Bréfritari: Lárus Bjarnason
Dagsetning: A-1874-10-02
Skrifað á: Vesturheimi

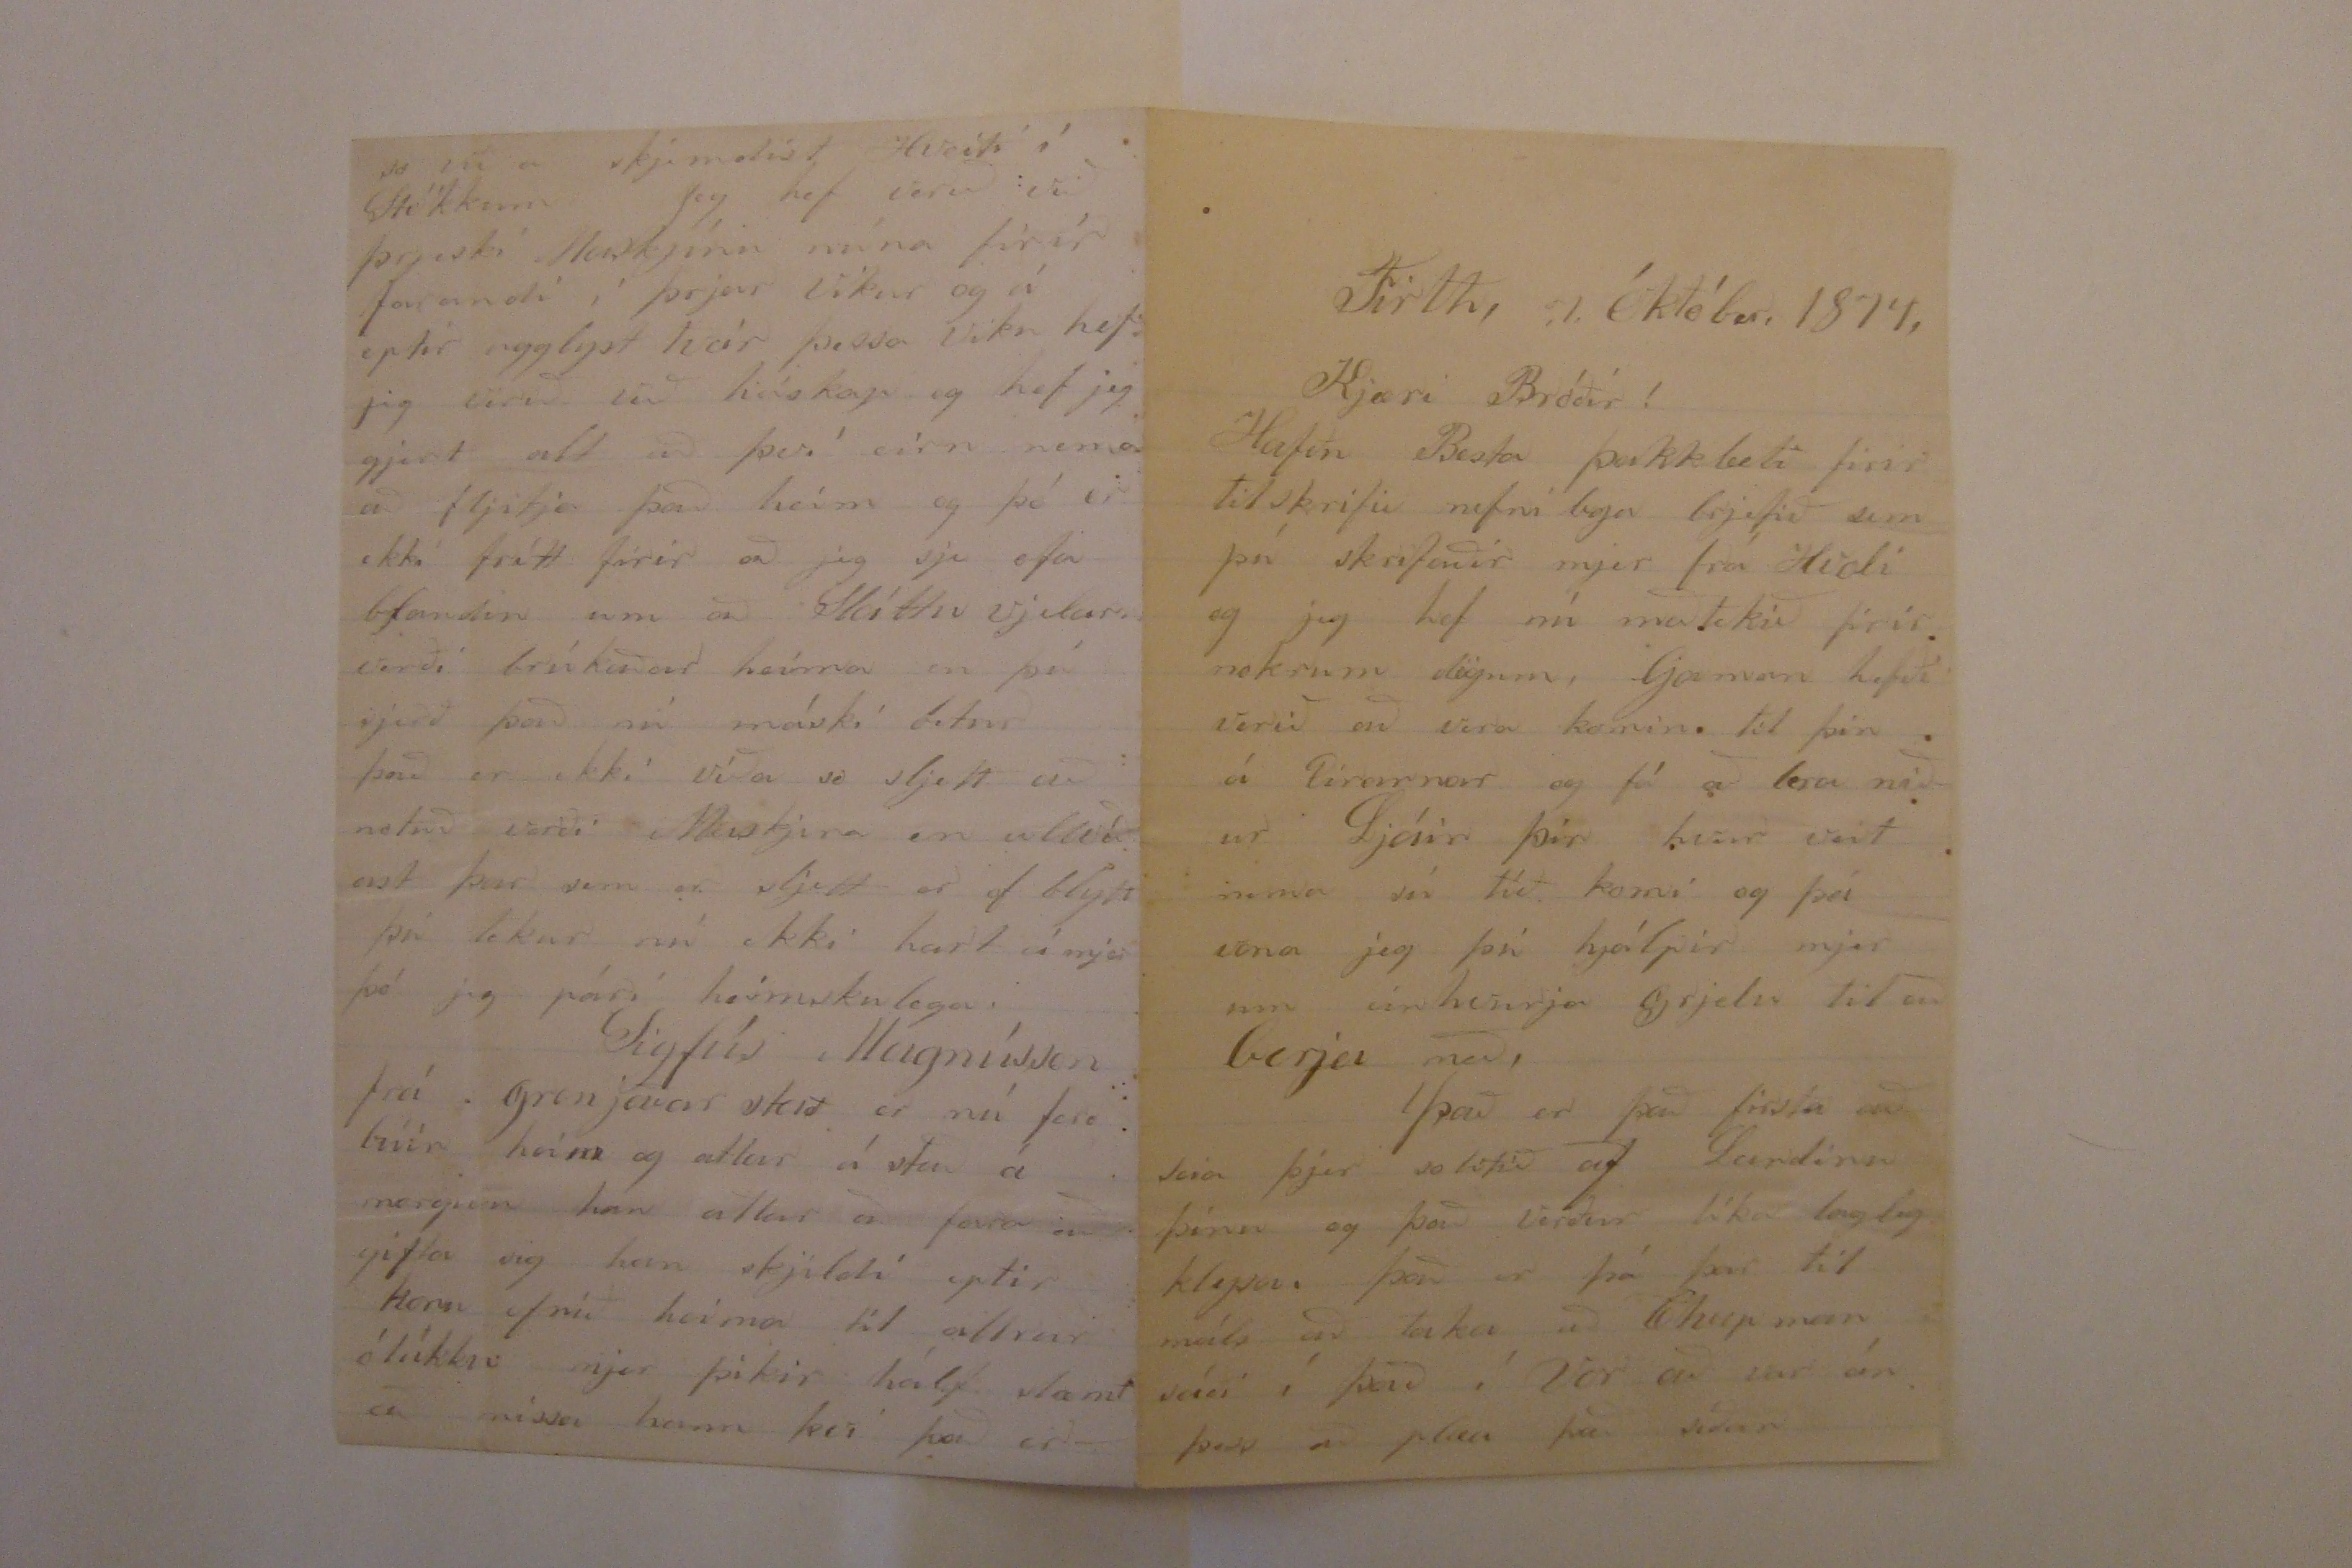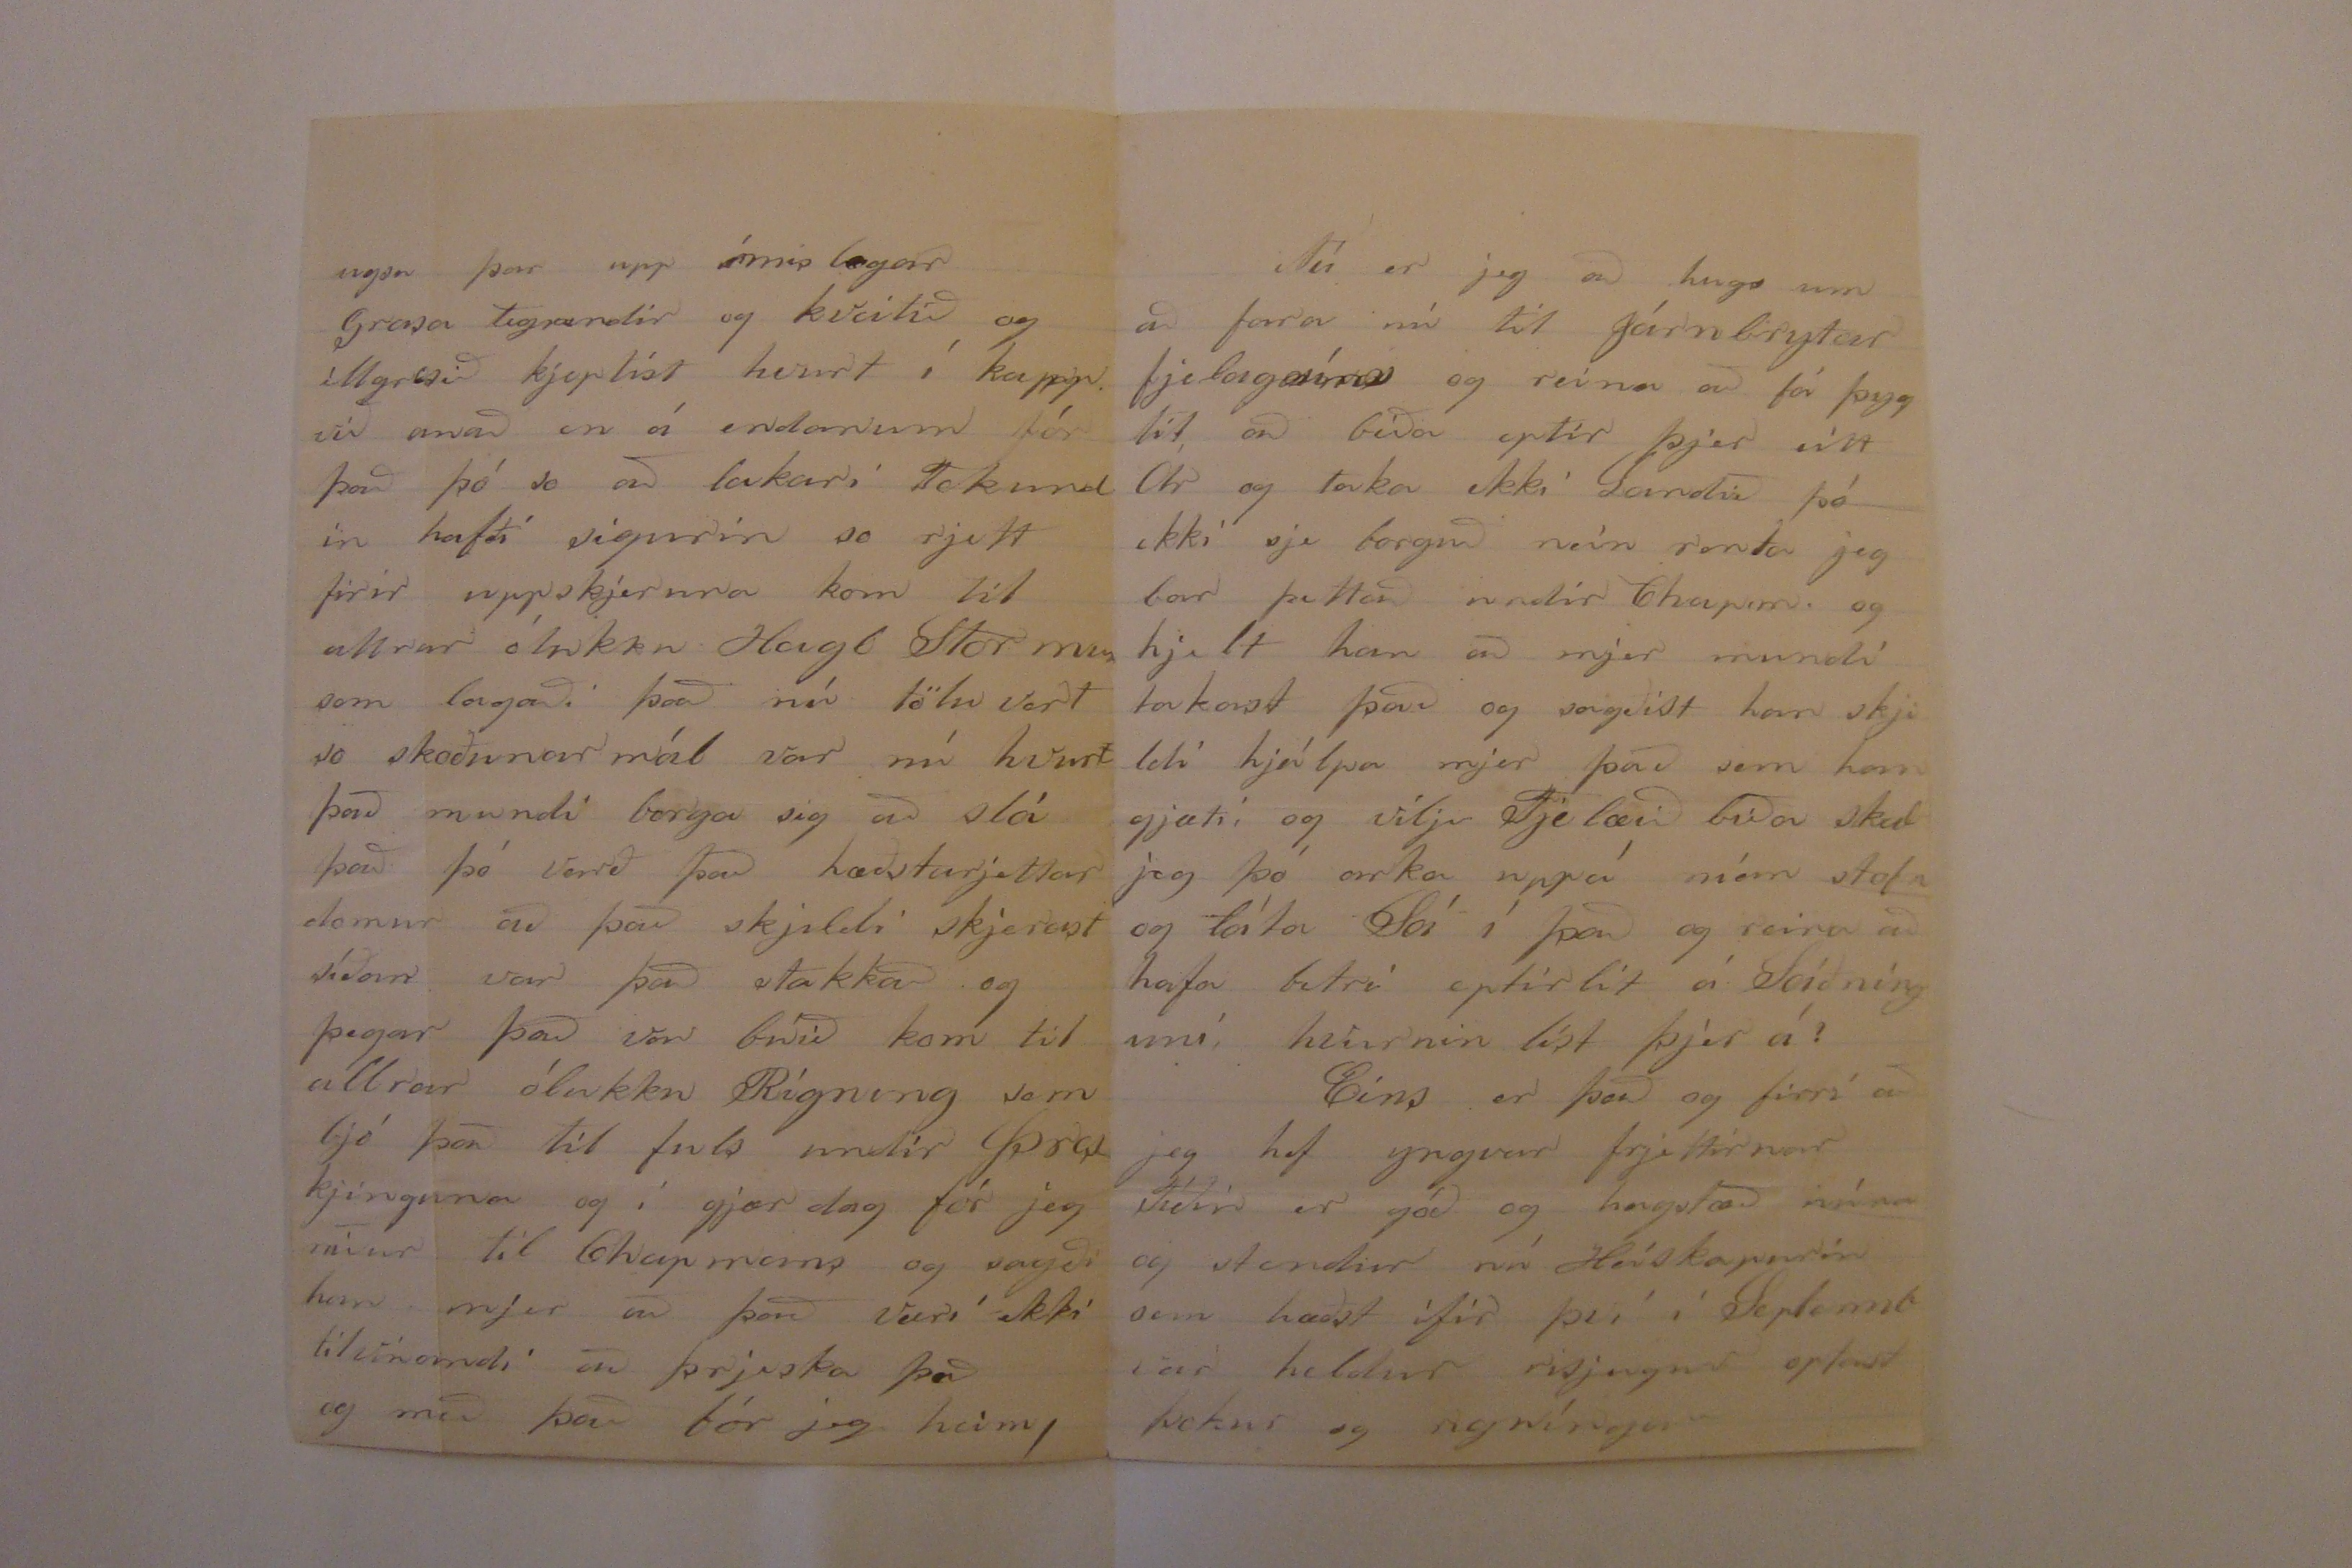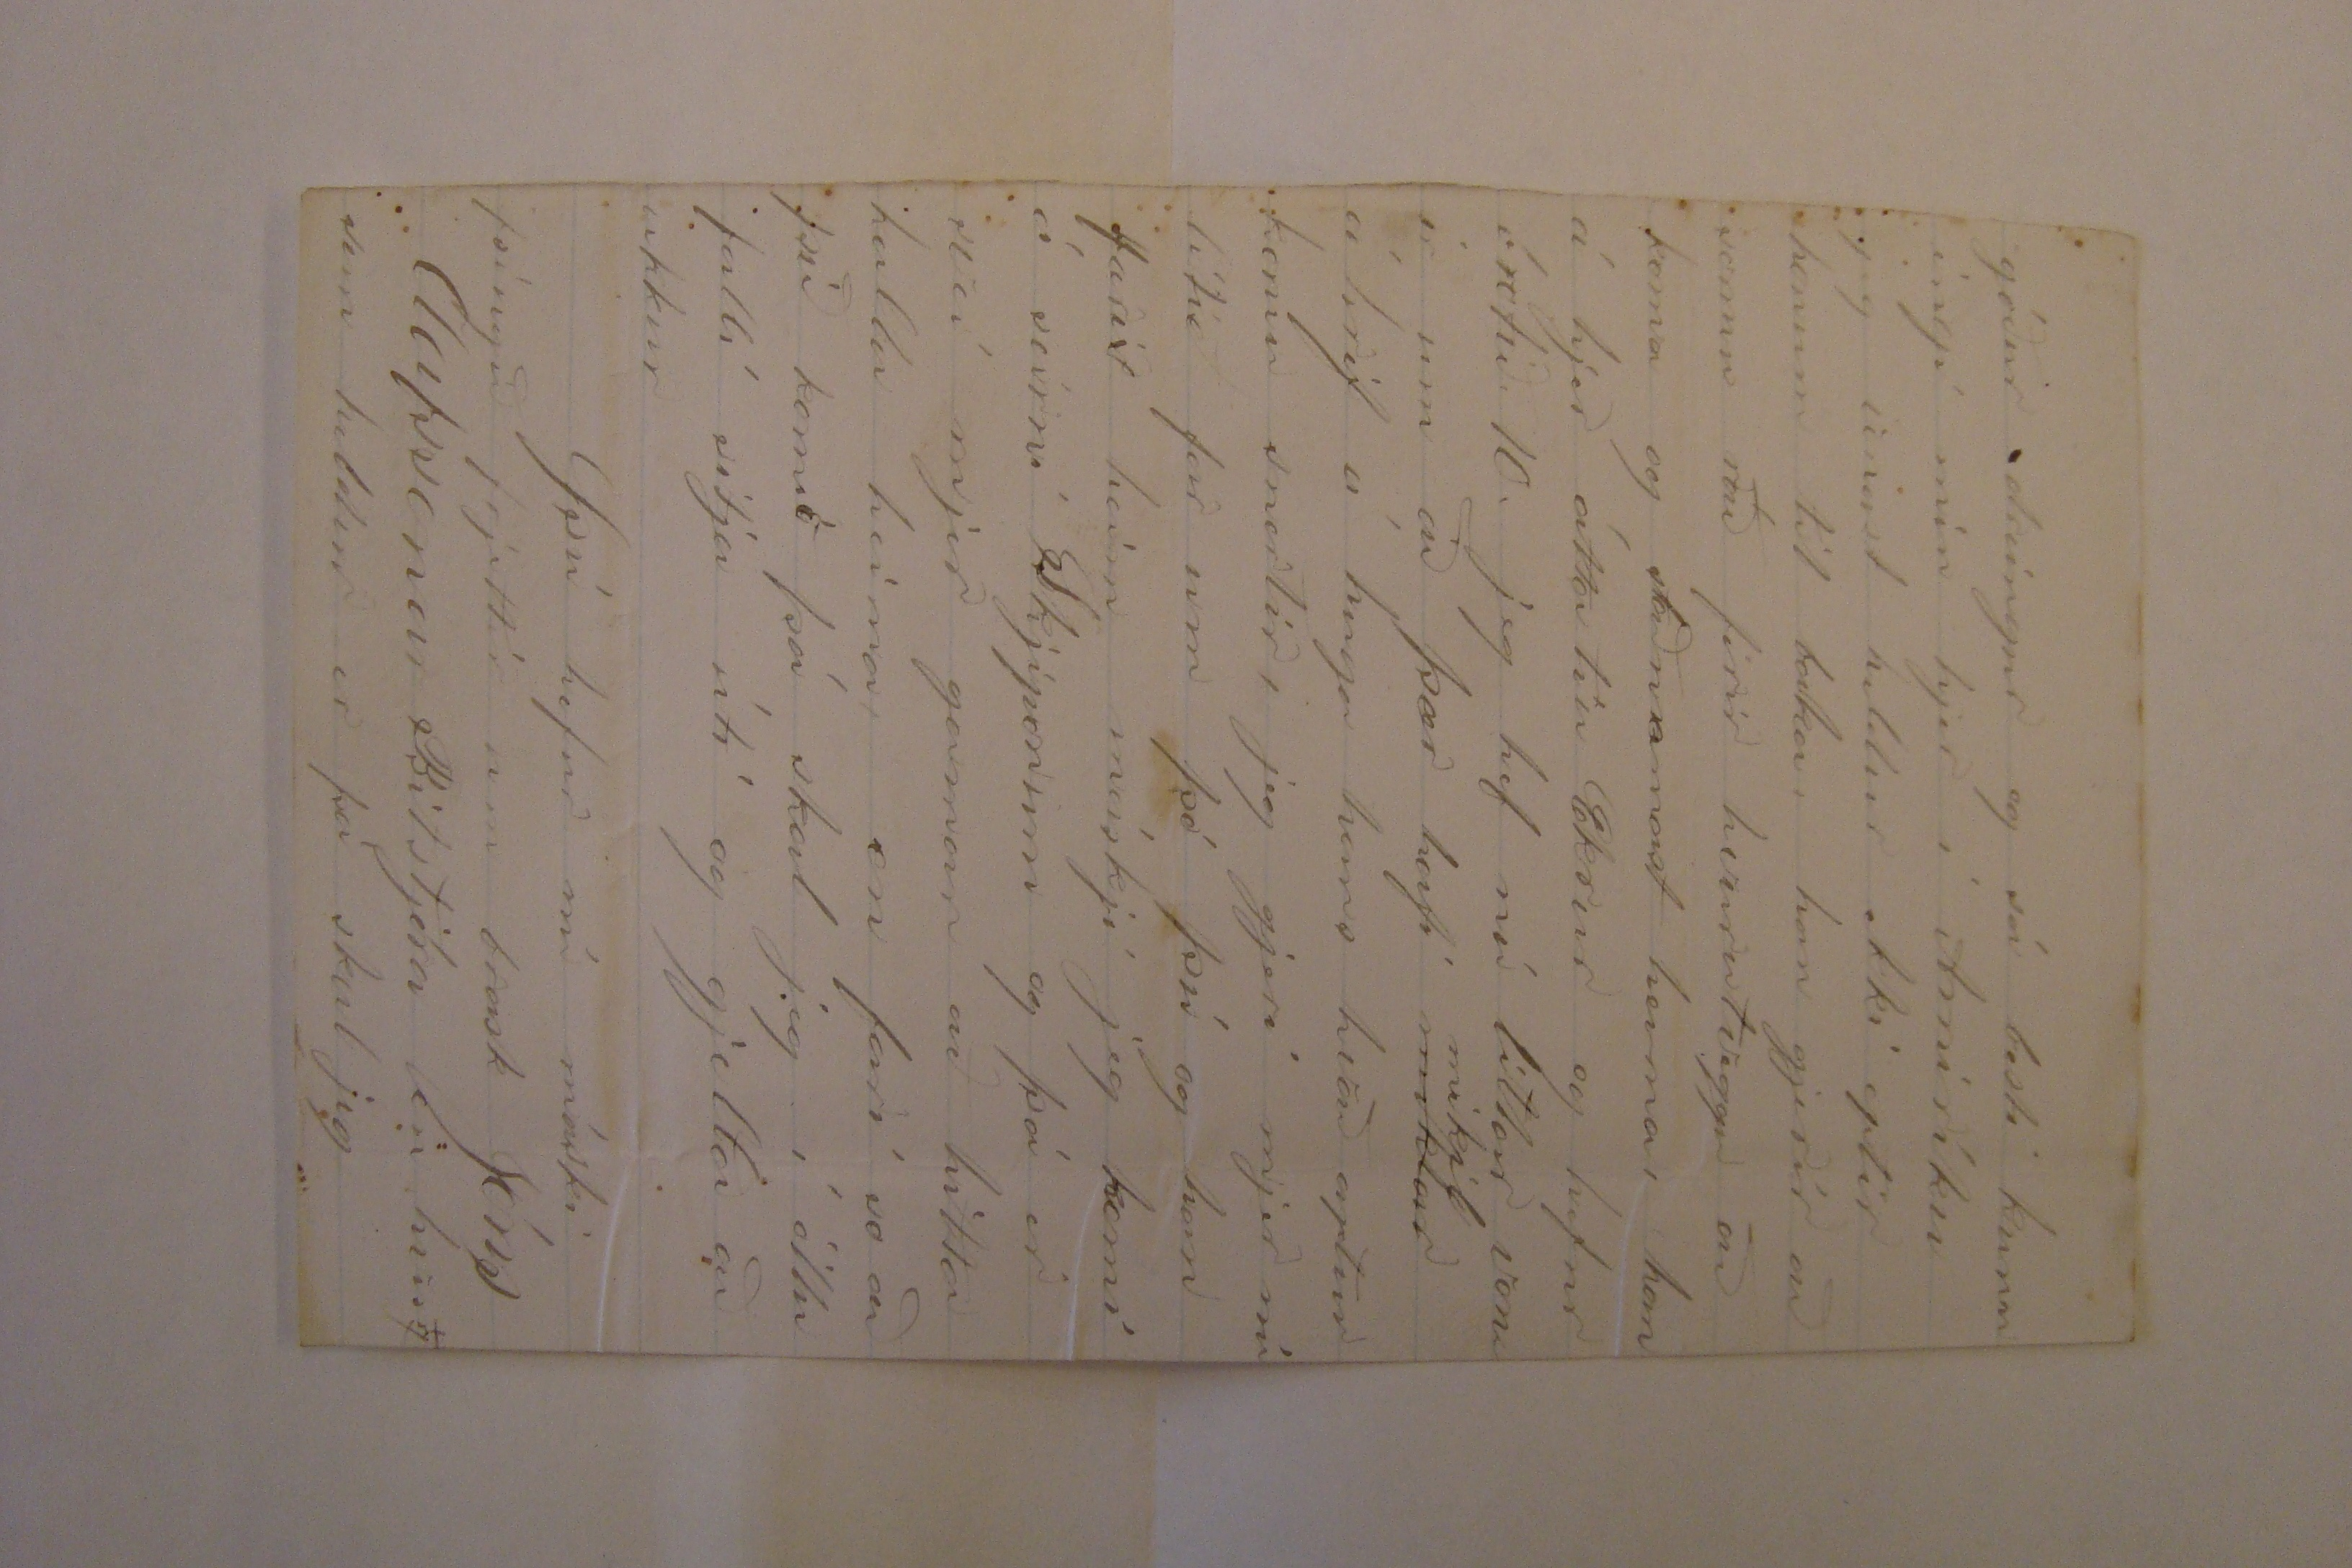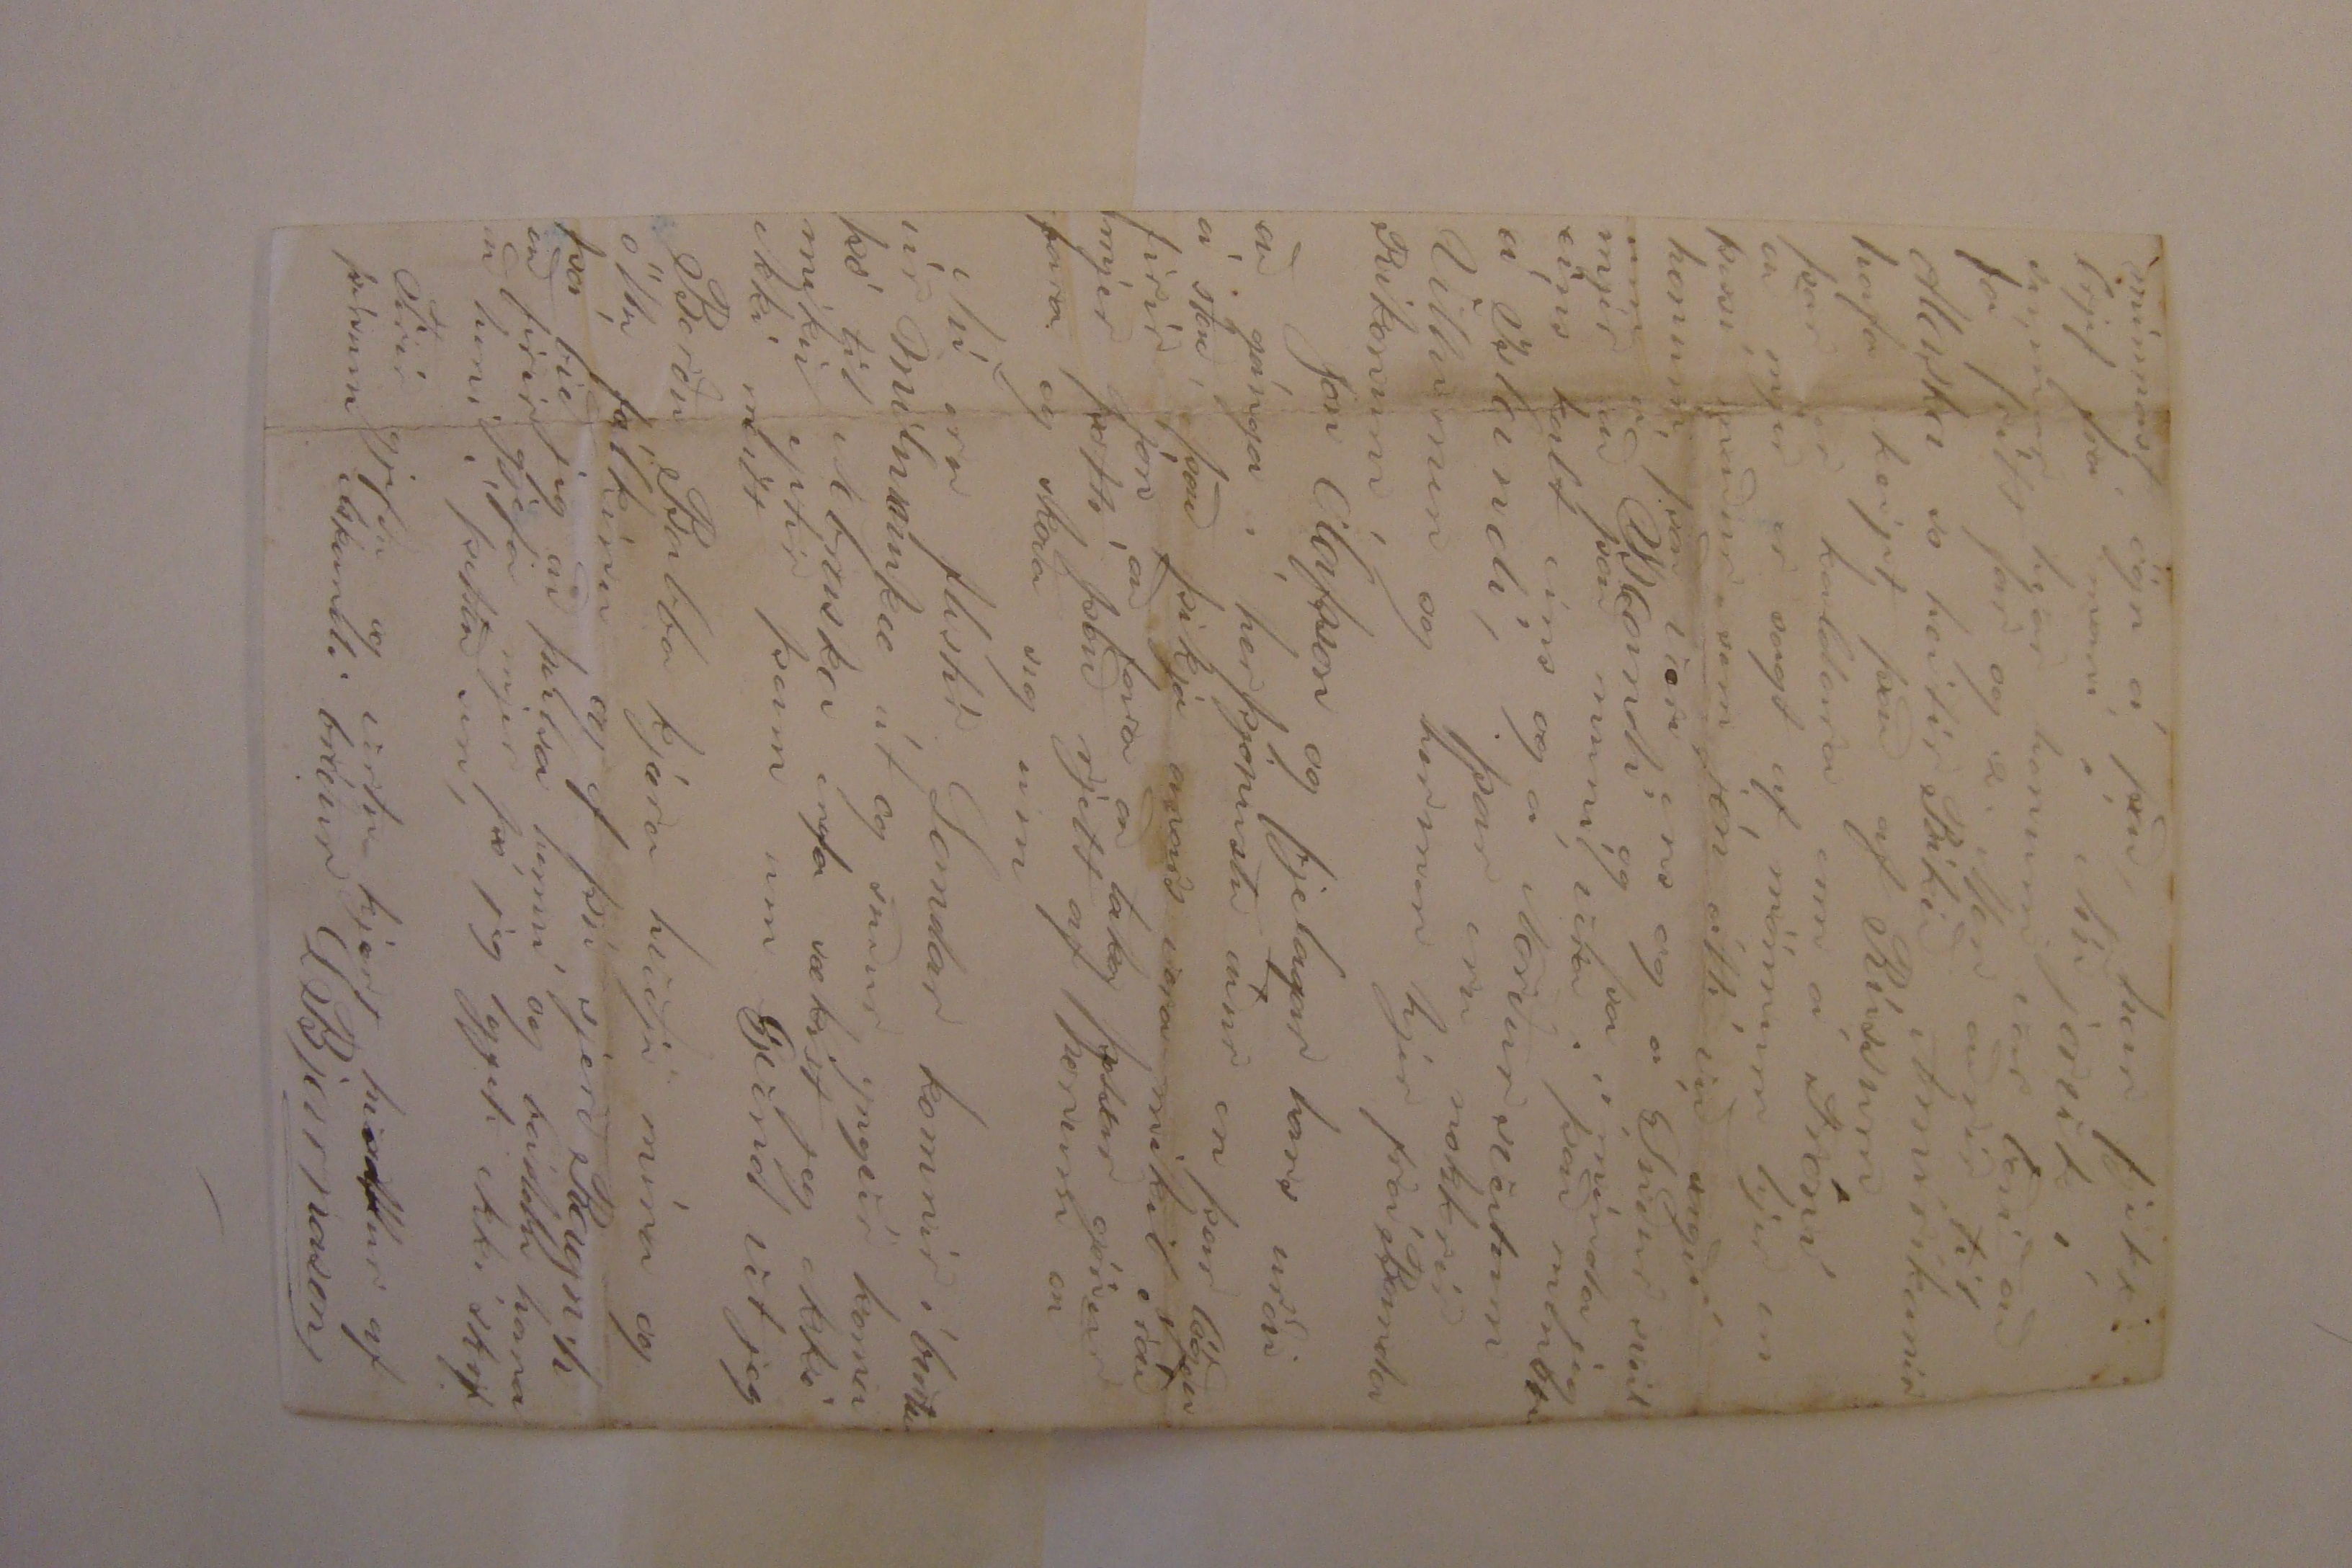

Firth, 2 Óktóber 1874
Kjæri Bróðir!
Hafðu Besta þakklæti firir tilskrifið nefnilega brjefið sem þú skrifaðir mjer frá Hvoli og jeg hef nú meðtekið firir nokrum dögum, Gaman hefði verið að vera komin til þín á Eirarnar og fá að bera niður Ljáin þin hvur veit nema sú tíð komi og þá vona jeg þú hjálpir mjer um einhvurja
Grjelu
til að berja með,
Það er það firsta að seia þjer solítið af Landinu þínu og það verður líka lagleg klysa. það er þá þar til máls að taka að Chapman sáði í það í vor að var án þess að plæa það síðan
ugsu þar upp ímislegar Grasa tegundir og kveitið og illgresið kjeptist hvurt í kapp við anað en á endanum fór það þó so að lakari Tekundin hafði sigurin so rjett firir uppskjeruna kom til allrar ólukku Hagl Stormur sem lagaði það nú töluvert so skoðunarmál var nú hvurt það mundi borga sig að slá það þó varð það hæðstarjettar domur að það skjildi skjerast síðan var það stakkað og þegar það var búið kom til allrar ólukku Rigning sem bjó það til fuls undir þreskjinguna og í gjærdag fór jeg niður til Chapmans og sagði han mjer að það væri ekki tilvinandi að þreskja það og með það fór jeg heim,
Nú er jeg að hugs um að fara nú til járnbrytar fjelagsins og reina að fá þyg til að bíða eftir þjer eitt ár og taka ekki Landið þó ekki sje borguð nein renta jeg bar þettað undir Chapm. og hjelt han að mjer mundi takast það og sagðist han skjildi hjálpa mjer það sem han gjæti og vilji Fjelæið bíða skal jeg þó arka uppá nían stofn og láta Sá í það og reina að hafa betri eptirlit á Sáðninguni hvurnin líst þjer á?
Eins er það og firri að jeg hef yngvar frjettirnar tíðin er góð og hagstæð núna og stendur nú Heiskapurin sem hæðst ifir því í Septemb var heldur risjugur optast þokur og rigníngar
so víða skjemdist Hveiti í Stökkum Jeg hef verið við þrjeski Maskjínu núna firir farandi í þrjar vikur og á eptir ugglyst tvær þessa viku hef jeg verið við heiskap og hef jeg gjert alt að því eirn nema að fljitja það heim og þó er ekki frítt firir að jeg sje efa blandin um að Sláttuvjelar verði brúkaðar heima en þú sjerð það nú máski betur það er ekki víða so sljett að notuð verði Maskjina en allvíðast þar sem er sljett er of blytt þú tekur nú ekki hart á mjer þó jeg pári heimskulega.
Sigfús Magnússon frá grenjaðarstað er nú fara búin heim og atlar á stað á morgun han atlar að fara að gifta sig han skjildi eptir konu efnið heima til allrar ólukku mjer þikir hálf slæmt að missa hann því það er
góður dreingur og sá besti kunningi min hjer í Amiríku jeg vonast heldur ekki eptir honum til baka, han gjerir að sonnu ráð firir hvurutvegga að koma og staðnemast heima, han á hjer áttatíu Ekrur og hefur brotið 10. jeg hef nú litlar vonir um að þær hafi
miklar
mikil
áhrif á huga hans hvað aptur komu snertir, jeg gjeri mjer nú lítið far um þó þú og han farið heim máskji jeg komi á seirni Skjiponum og þá er svei mjer gaman að hitta
kalla
heima en fari so að þið komið þá skal jeg í öllu falli sitja úti og gjelta að ukkur
Þú hefur nú máski feingið frjettir um brask Jóns Ólafssonar Ritstjóra en hvurt sem heldur þá skal jeg
minnast ögn á það, han fjekk brjef frá mani í Níu jorvik í sumar hvar honum var boðið að fá frítt far og .2. Men aðrir til Alaska so heitir Ríkið Amírikanir hafa keipt það af Rússum þar er kaldara enn á Fróni að mjer er sagt af mönnum hjer en þessi maður sem jón átti við sagði honum það væri eins og á Suður sveitum á Islandi og þa í minda jeg mjer að það muni vera í það minsta eins kalt eins og á Norðursveitum á Islandi, þar eru nokkrir Villumen og hermen hjer frá Banda Ríkonum,
Jon Ólafsson og fjelagar hans urður að gánga í herþjónustu áður en þeir lögðu á stað það þikir anars vera mikil óráð firir jón að fara að taka þessar 00000 mjer þotti það rjett af honum að fara og skoða sig um
Nú eru flestir Landar komnir í burtu úr Milwaukee út og suður yngvir koma þó til Nebraska enda sækist jeg ekki mikið eptir þeim um Gvend vet jeg ekki neitt
Berðu Babba kjæra kveðju mína og öllu fólkinu og ef þú sjerð Ragn.h þá bið jeg að heilsa henni og beiddu hana að firir gjefa mjer þó jeg gjeti ekki skrifað heni í þettað sin,
Firir gjefðu og vertu kjært kvaddur af þínum elskandi bróður L Bjarnason